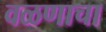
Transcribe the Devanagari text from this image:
वळणाचा